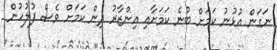
ނަގަން އުޅުނު ކަމަށް ބުނެ ކަމަށާއި އިންޒާރު ދިން ކަމަށް ވެސް ފުލުހުން